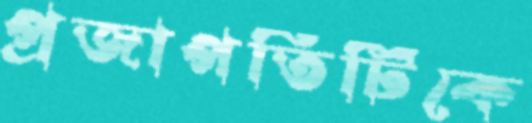
প্রজাপতিটিকে